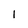
Character: 1